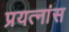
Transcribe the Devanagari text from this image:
प्रयत्नांस